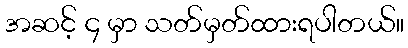
အဆင့် ၄ မှာ သတ်မှတ်ထားရပါတယ်။